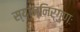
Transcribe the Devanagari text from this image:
स्यान्निर्गुणः